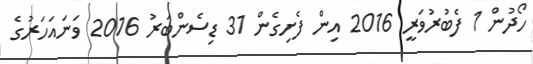
ހޯދުން 1 ފެބުރުވަރީ 2016 އިން ފެށިގެން 31 ޑިސެންބަރު 2016 ވަނައަހަރުގެ